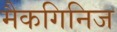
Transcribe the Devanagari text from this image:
मैकगिनिज